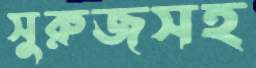
সুরুজসহ